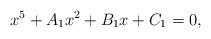
LaTeX: \begin{align*}x^5+A_1x^2+B_1x+C_1=0,\end{align*}